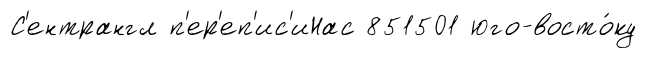
С'ентрангл п'ер'еп'ис'иНас 851501 юго-восто́ку